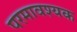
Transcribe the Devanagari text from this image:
परमावश्‍यक